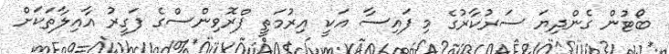
ބޯޓުން ގެންދިޔަ ސަރުކާރުގެ މި ފައިސާ އަކީ އިރުމަތީ ޕްރޮވިންސްގެ ފަގީރު އާއިލާތަކަށް